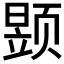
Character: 𮸶